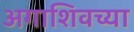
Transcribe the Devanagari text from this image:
अगाशिवच्या